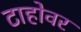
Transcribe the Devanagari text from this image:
टाहोवर